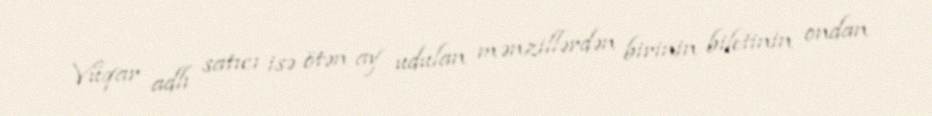
Vüqar adlı satıcı isə ötən ay udulan mənzillərdən birinin biletinin ondan